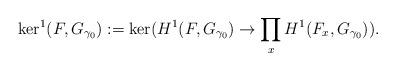
LaTeX: \begin{align*}\ker^1(F,G_{\gamma_0}) := \ker (H^1(F,G_{\gamma_0}) \rightarrow \prod_x H^1(F_x, G_{\gamma_0})).\end{align*}